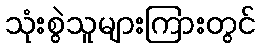
သုံးစွဲသူများကြားတွင်